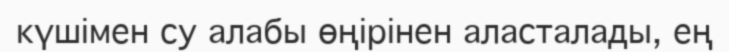
күшімен су алабы өңірінен аласталады, ең